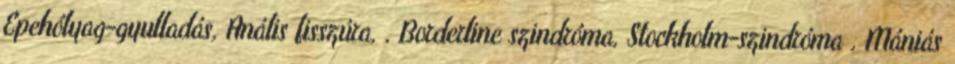
Epehólyag-gyulladás, Anális fisszúra, . Borderline szindróma, Stockholm-szindróma , Mániás